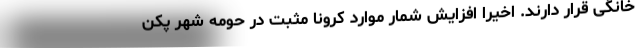
خانگی قرار دارند. اخیرا افزایش شمار موارد کرونا مثبت در حومه شهر پکن